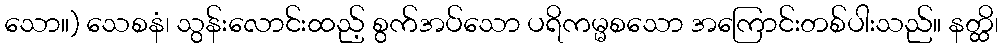
သော။) သေစနံ၊ သွန်းလောင်းထည့် စွက်အပ်သော ပရိကမ္မစသော အကြောင်းတစ်ပါးသည်။ နတ္ထိ၊